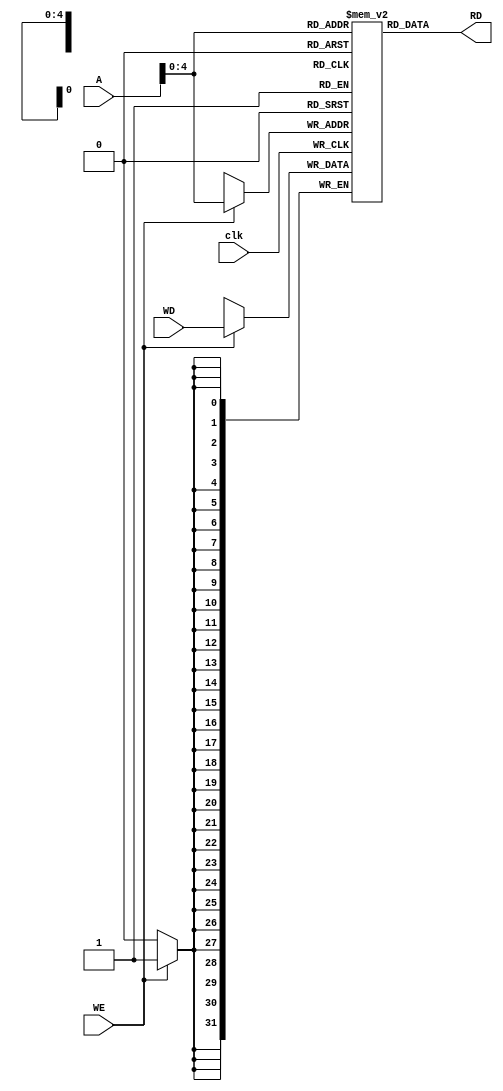
module datamem (
    input clk,
    input WE,
    input [31:0] A,
    input [31:0] WD,
    output [31:0] RD
);
reg [31:0] datamemry [31:0];
always@(posedge clk)begin
    if(WE)begin
        datamemry[A]<=WD;
    end
end
assign RD=datamemry[A];
endmodule